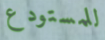
للمستودع